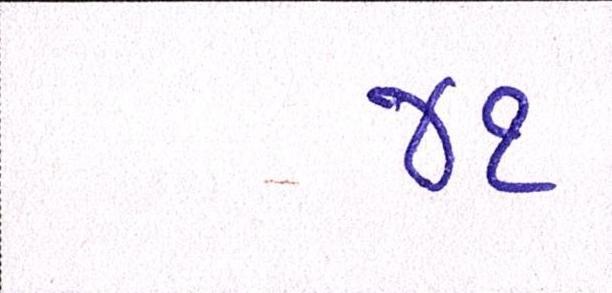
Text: ૪૧